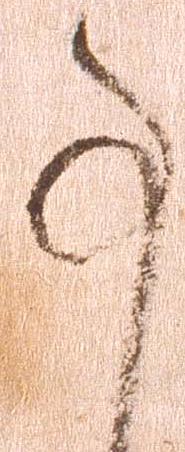
事